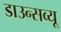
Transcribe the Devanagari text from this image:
डाउन्सव्यू